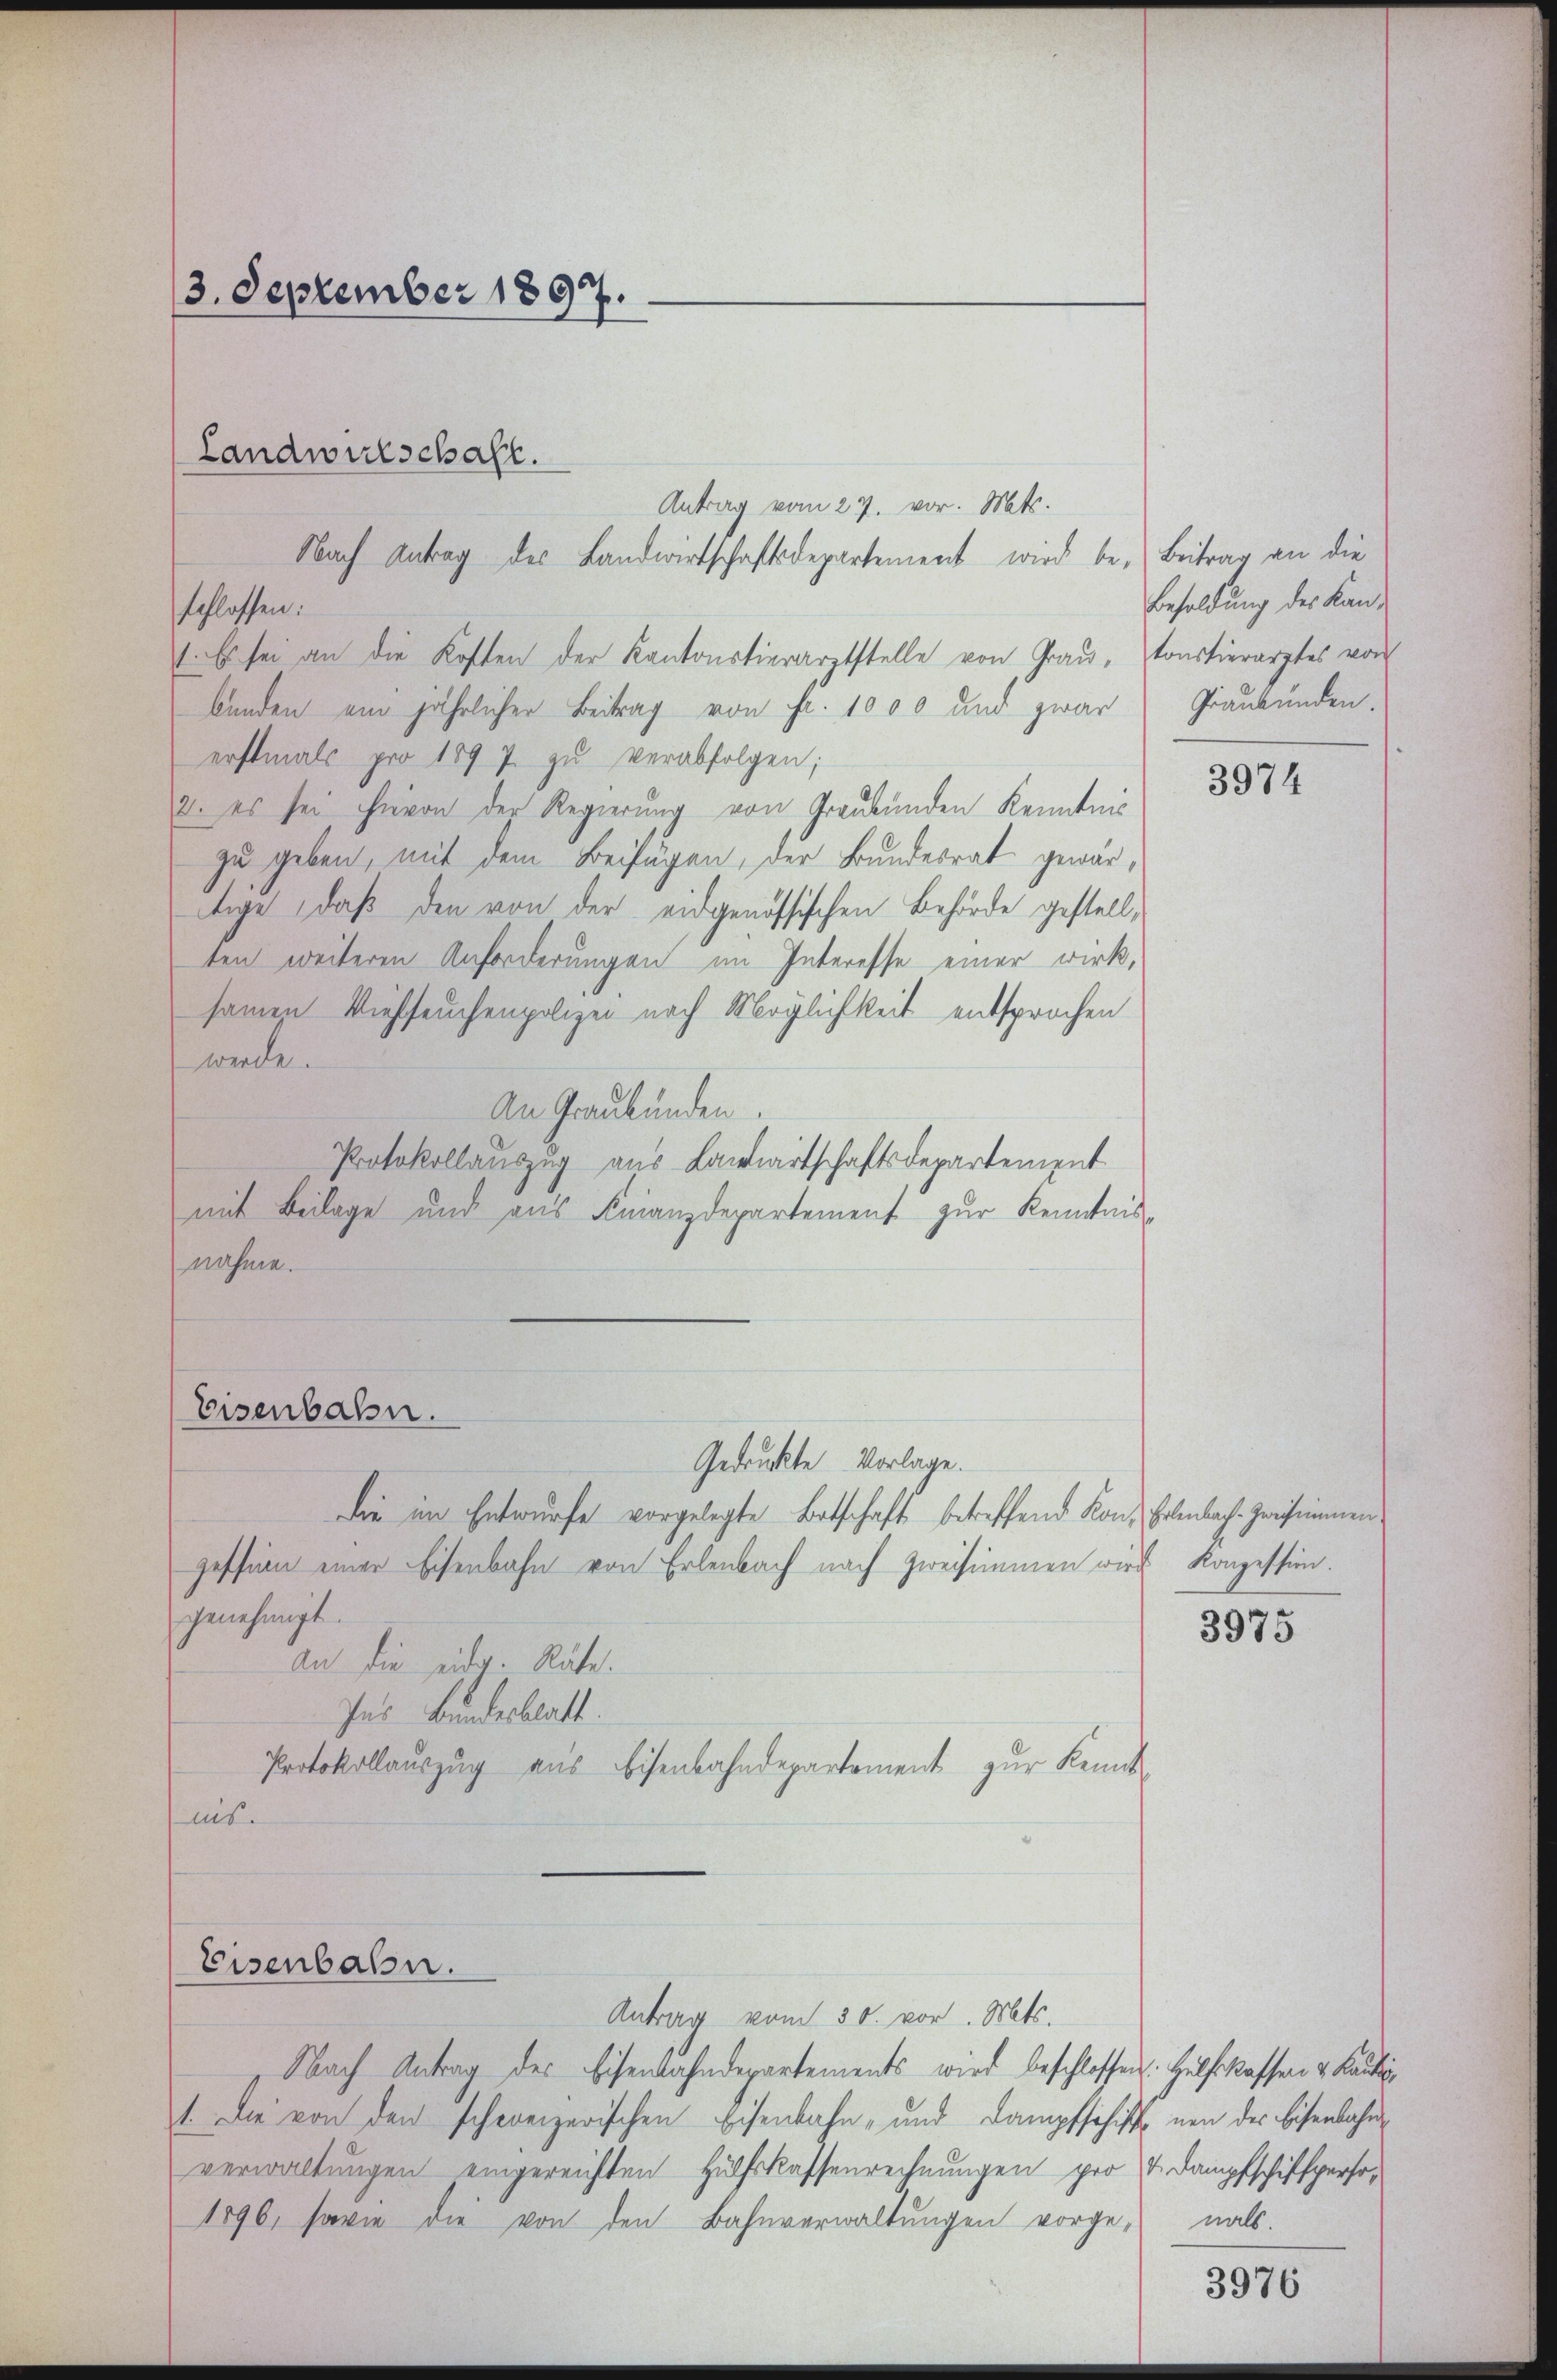
Antrag vom 27. vor. Mts.
Nach Antrag des Landwirtschaftsdepartement wird be- Beitrag an die
schlossen:
1. Es sei an die Kosten der Kantonstierarztstelle von Graŭ, sonstierarztes vor
bunden ein jährlicher Beitrag von Fr. 1000 und zwar
erstmals pro 1897 zu verabfolgen;
2. es sei hievon der Regierung von Graubünden Kenntnis
zu geben, mit dem Beifügen, der Bundesrat gewärtige, daß den von der eidgenössischen Behörde gestellten weiteren Anforderungen im Interesse einer wirksamen Viehseuchenpolizei nach Möglichkeit entsprochen
werde.
An Graubünden.
Protokollauszug aus Landwirtschaftsdepartement
mit Beilage und aus Finanzdepartement zur Kenntnis-
nahme.

3. September 1897.

Landwirtschaft.

Eisenbahn.

Gedruckte Vorlage.
Die im Entwurfe vorgelegte Botschaft betreffend Kon-Erlenbach. Preisimmengeschien einer Eisenbahn von Erlenbach nach Zweisimmen wird Konzession.
genehmigt.
An die eidg. Räte.
Ins Bundesblatt.
Protokollauszug aus Eisenbahndepartement zur Kennt-
nis.

Eisenbahn.

Antrag vom 30. vor. Mts.
Nach Antrag des Eisenbahndepartements wird beschlossen: Hülfskassen & Kauti
1. Die von den schweizerischen Eisenbahn- und Dampfschiffe non der Eisenbahnverwaltungen eingereichten Hülfskassenrechnungen pro 4 Dampfschifsperso¬
1896, sowie die von den Bahnverwaltŭngen vorge-nals.

Besoldung des Kan¬
Graubünden.

3974

3975

3976